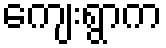
ကျေးရွာက